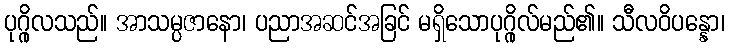
ပုဂ္ဂိုလသည်။ အာသမ္ပဇာနော၊ ပညာအဆင်အခြင် မရှိသောပုဂ္ဂိုလ်မည်၏။ သီလဝိပန္နော၊